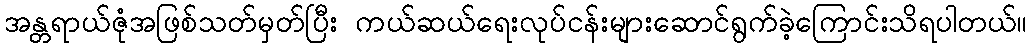
အန္တရာယ်ဇုံအဖြစ်သတ်မှတ်ပြီး ကယ်ဆယ်ရေးလုပ်ငန်းများဆောင်ရွက်ခဲ့ကြောင်းသိရပါတယ်။